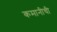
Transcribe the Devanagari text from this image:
कमानीची